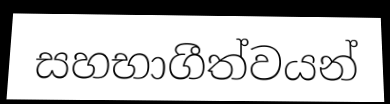
සහභාගීත්වයන්